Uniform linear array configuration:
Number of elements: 48
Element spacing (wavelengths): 1
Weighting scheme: kaiser
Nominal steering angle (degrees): -15
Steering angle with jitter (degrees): -13.221
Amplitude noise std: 0.05
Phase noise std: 0.05

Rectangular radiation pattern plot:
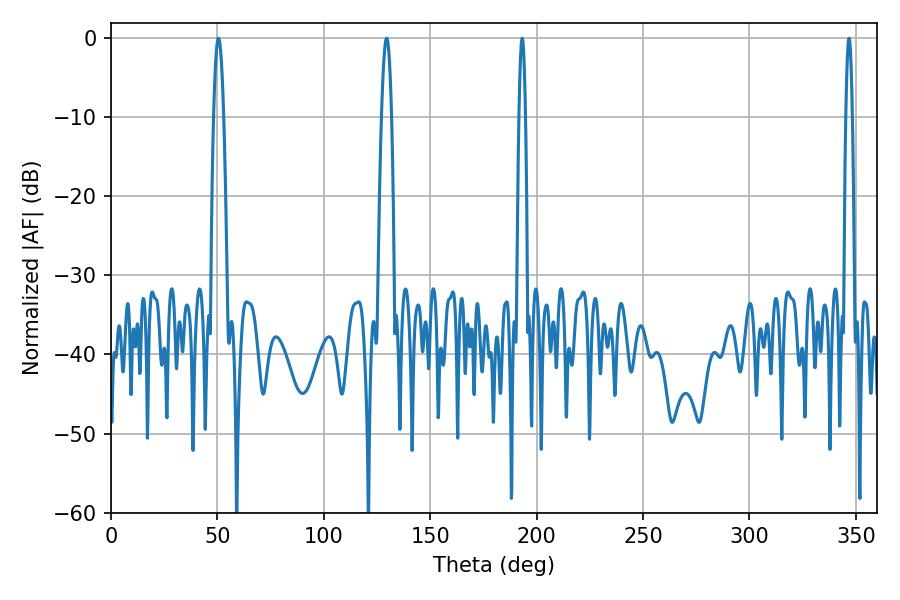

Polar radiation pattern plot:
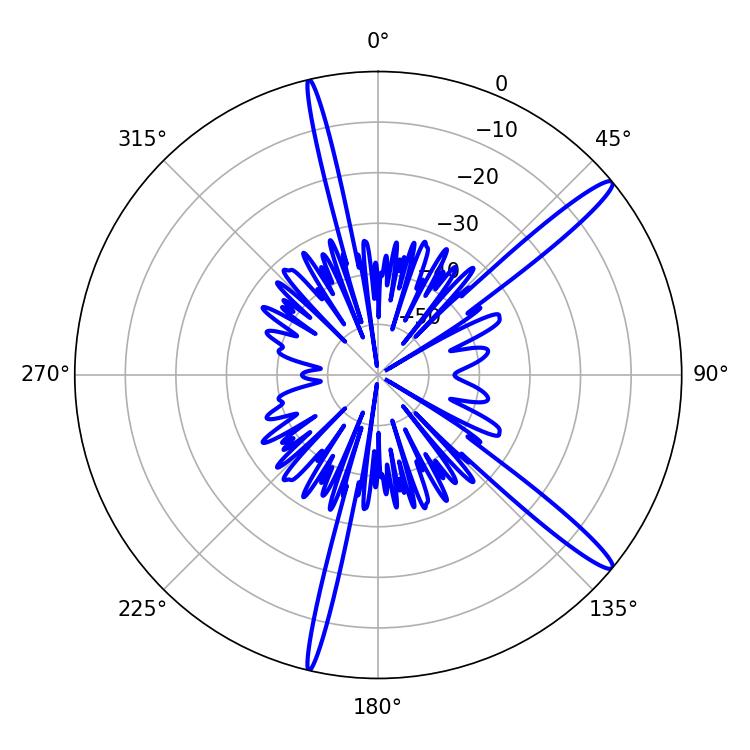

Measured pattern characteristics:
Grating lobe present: TRUE
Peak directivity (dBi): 15.096
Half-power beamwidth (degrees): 2.52
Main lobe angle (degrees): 50.4